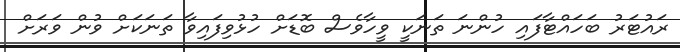
ރައުޓަރު ބަހައްޓާފައި ހުންނަ ތަނަކީ ވީހާވެސް ބޮޑަށް ހުޅުވިފައިވާ ތަނަކަށް ވުން ވަރަށް